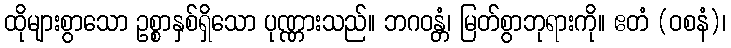
ထိုများစွာသော ဥစ္စာနှစ်ရှိသော ပုဏ္ဏားသည်။ ဘဂဝန္တံ၊ မြတ်စွာဘုရားကို။ ဧတံ (ဝစနံ)၊